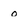
Character: 0